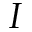
I